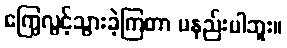
ကြွေလွင့်သွားခဲ့ကြတာ မနည်းပါဘူး။